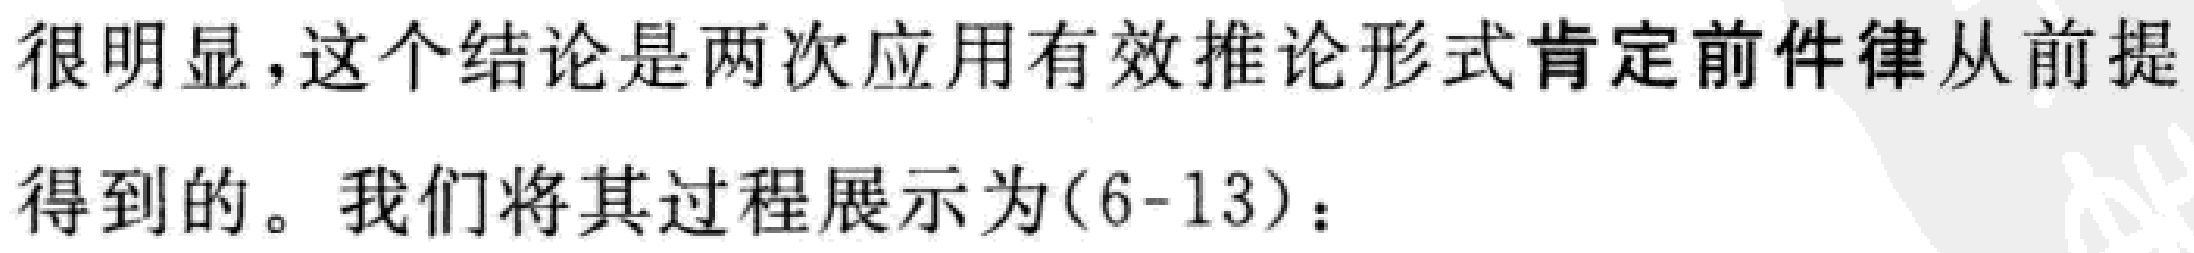
很明显，这个结论是两次应用有效推论形式肯定前件律从前提得到的。我们将其过程展示为(6-13)：